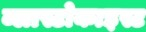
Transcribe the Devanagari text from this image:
ब्लास्टोकाइस्ट